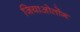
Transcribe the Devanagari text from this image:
जियाओतोंग